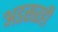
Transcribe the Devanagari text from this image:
अडसरही